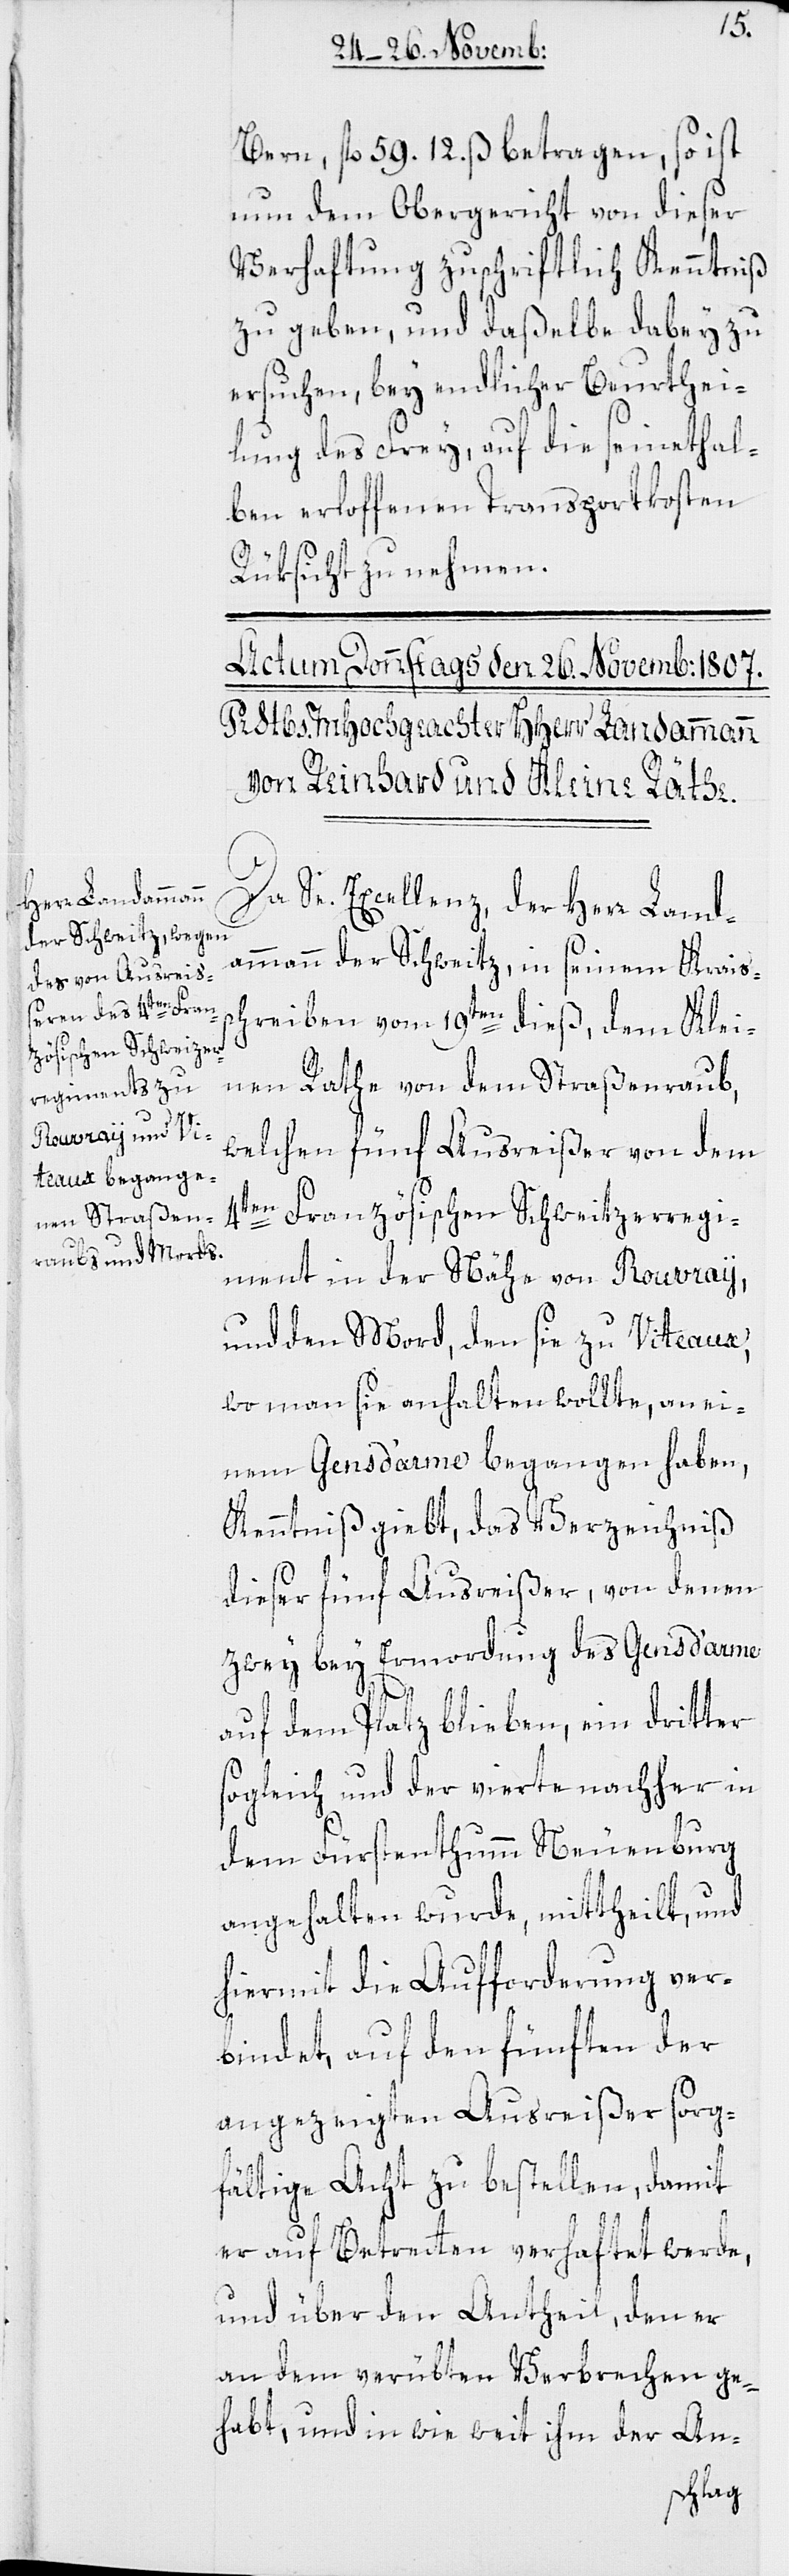
Bern, fl. 59. 12. ß betragen, so ist
nun dem Obergericht von dieser
Verhaftung zuschriftlich Kenntniß
zu geben, und daßelbe dabey zu
ersuchen, bey endlicher Beurthei¬
lung des Frey, auf die seinethal¬
ben erloffenen Transportkosten
Rüksicht zu nehmen.
Da Se. Excellenz, der Herr Land¬
ammann der Schweitz, in seinem Kreis¬
schreiben vom 19ten dieß, dem Klei¬
nen Rathe von dem Straßenraub,
welchen fünf Ausreißer von dem
4ten Französischen Schweitzerregi¬
ment in der Nähe von Rouvray,
und den Mord, den sie zu Viteaux,
wo man sie anhalten wollte, an ei¬
nem Gens d’arme begangen haben,
Kenntniß giebt, das Verzeichniß
dieser fünf Ausreißer, von denen
zwey bey Ermordung des Gens d’arme
auf dem Platz blieben, ein dritter
sogleich, und der vierte nachher in
dem Fürstenthumm Neuenburg
angehalten wurde, mittheilt, und
hiermit die Aufforderung ver¬
bindet, auf den fünften der
angezeigten Ausreißer sorg¬
fältige Acht zu bestellen, damit
er auf Betretten verhaftet werde,
und über den Antheil, den er
an dem verübten Verbrechen ge¬
habt, und wie weit ihm der An-